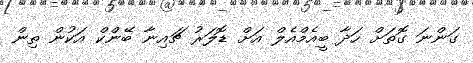
ގަންނަ ގޮތަށް ހަދާ ބީއެމްއެލް އަށް ޑޮލަރު ޗައިނާ ބޭންކް އަކުން ތިން